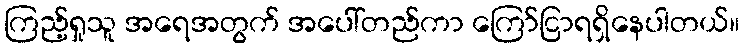
ကြည့်ရှုသူ အရေအတွက် အပေါ်တည်ကာ ကြော်ငြာရရှိနေပါတယ်။